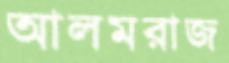
আলমরাজ